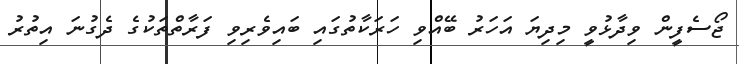
ޖޯސެފީން ވިދާޅުވީ މިދިޔަ އަހަރު ބޭއްވި ހަރަކާތުގައި ބައިވެރިވި ފަރާތްތަކުގެ ދެގުނަ އިތުރު